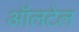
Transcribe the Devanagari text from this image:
ऑलटेल